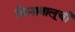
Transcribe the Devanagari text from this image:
किनाबालूची